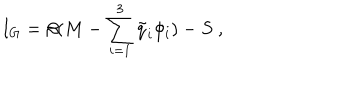
I _ { G } = \beta ( M - \sum _ { i = 1 } ^ { 3 } { \tilde { q } } _ { i } \phi _ { i } ) - S \ ,